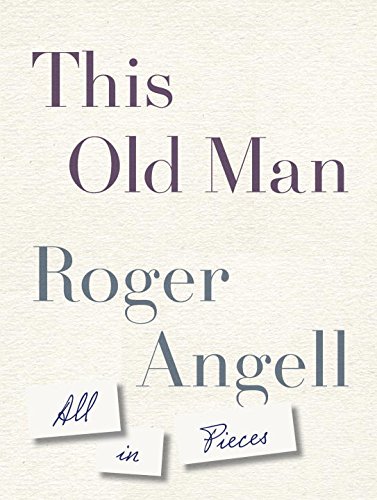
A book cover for This Old Man: All in Pieces; Roger Angell; Biographies & Memoirs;